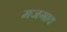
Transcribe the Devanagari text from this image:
मजगाव